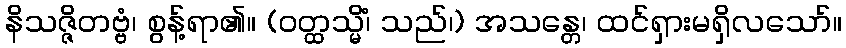
နိသဇ္ဇိတဗ္ဗံ၊ စွန့်ရာ၏။ (ဝတ္ထသ္မိံ၊ သည်၊) အသန္တေ၊ ထင်ရှားမရှိလသော်။